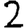
Digit: 2